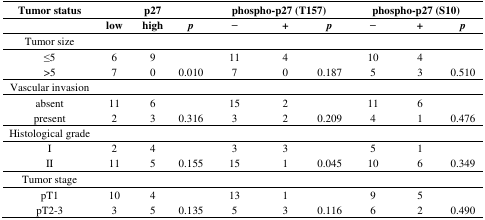
<table><thead><tr><td><b>Tumor status</b></td><td colspan="3"><b>p27</b></td><td colspan="3"><b>phospho-p27 (T157)</b></td><td colspan="3"><b>phospho-p27 (S10)</b></td></tr><tr><td></td><td><b>low</b></td><td><b>high</b></td><td><b><i>p</i></b></td><td><b>−</b></td><td><b>+</b></td><td><b><i>p</i></b></td><td><b>−</b></td><td><b>+</b></td><td><b><i>p</i></b></td></tr></thead><tbody><tr><td>Tumor size</td><td></td><td></td><td></td><td></td><td></td><td></td><td></td><td></td><td></td></tr><tr><td>≤5</td><td>6</td><td>9</td><td></td><td>11</td><td>4</td><td></td><td>10</td><td>4</td><td></td></tr><tr><td>&gt;5</td><td>7</td><td>0</td><td>0.010</td><td>7</td><td>0</td><td>0.187</td><td>5</td><td>3</td><td>0.510</td></tr><tr><td>Vascular invasion</td><td></td><td></td><td></td><td></td><td></td><td></td><td></td><td></td><td></td></tr><tr><td>absent</td><td>11</td><td>6</td><td></td><td>15</td><td>2</td><td></td><td>11</td><td>6</td><td></td></tr><tr><td>present</td><td>2</td><td>3</td><td>0.316</td><td>3</td><td>2</td><td>0.209</td><td>4</td><td>1</td><td>0.476</td></tr><tr><td>Histological grade</td><td></td><td></td><td></td><td></td><td></td><td></td><td></td><td></td><td></td></tr><tr><td>I</td><td>2</td><td>4</td><td></td><td>3</td><td>3</td><td></td><td><b>5</b></td><td>1</td><td></td></tr><tr><td>II</td><td>11</td><td>5</td><td>0.155</td><td>15</td><td>1</td><td>0.045</td><td>10</td><td>6</td><td>0.349</td></tr><tr><td>Tumor stage</td><td></td><td></td><td></td><td></td><td></td><td></td><td></td><td></td><td></td></tr><tr><td>pT1</td><td>10</td><td>4</td><td></td><td>13</td><td>1</td><td></td><td>9</td><td>5</td><td></td></tr><tr><td>pT2-3</td><td>3</td><td>5</td><td>0.135</td><td>5</td><td>3</td><td>0.116</td><td>6</td><td>2</td><td>0.490</td></tr></tbody></table>